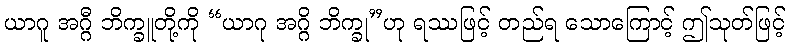
ယာဂူ အဂ္ဂီ ဘိက္ခူတို့ကို “ယာဂု အဂ္ဂိ ဘိက္ခု”ဟု ရဿဖြင့် တည်ရ သောကြောင့် ဤသုတ်ဖြင့်